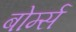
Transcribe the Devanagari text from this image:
बोर्म्स